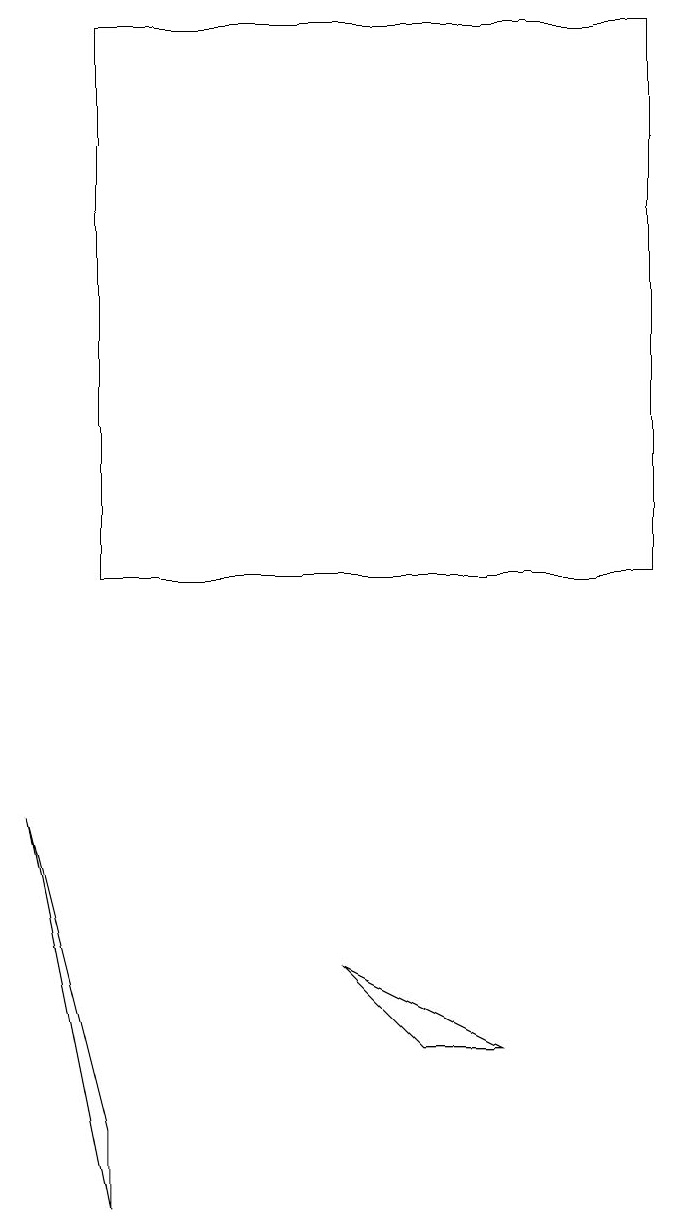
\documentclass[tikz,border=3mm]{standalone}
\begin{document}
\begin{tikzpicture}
\draw (0,7) -- (1,3) -- (1,2) -- cycle;
\draw (6,4) -- (4,5) -- (5,4) -- cycle;
\draw (1,10) rectangle (8,17);
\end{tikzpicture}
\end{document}